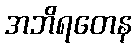
အဘိရတေန